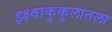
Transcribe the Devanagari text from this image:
इक्ष्वाकुकुलातला